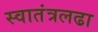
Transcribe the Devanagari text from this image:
स्वातंत्रलढा